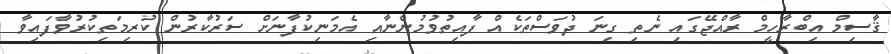
ޤާސިމް އިބްރާހީމް ރާއްޖޭގައި ނެތި ގިނަ ދުވަސްތަކެއް ފާއިތުވުމުންނާއި އެމަނިކުފާނަށް ސަރުކާރުން ކުރިމަތިކުރުވާފައިވާ